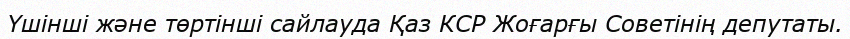
Үшінші және төртінші сайлауда Қаз КСР Жоғарғы Советінің депутаты.